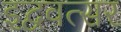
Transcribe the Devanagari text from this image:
इद्ववत्सर